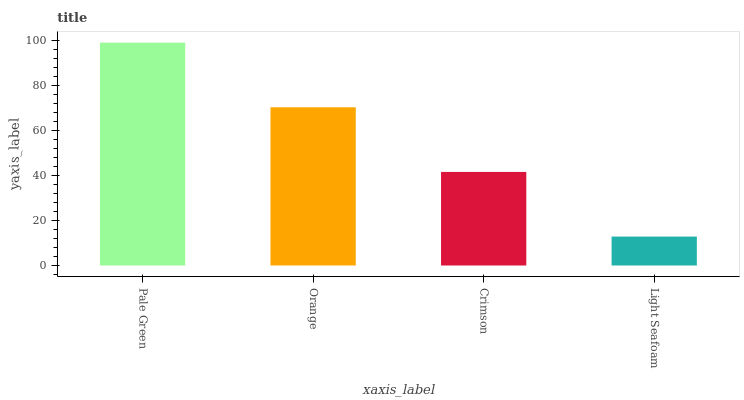
| xaxis_label | bars |
 | --- | --- |
 | Pale Green | 99 |
 | Orange | 70.3 |
 | Crimson | 41.6 |
 | Light Seafoam | 12.9 |